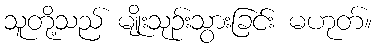
သူတို့သည် မျိုးသုဉ်းသွားခြင်း မဟုတ်။